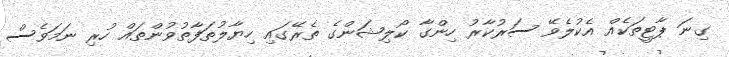
ގިނަ ޕާޓީތަކެއް އެކުލެވޭ ސަރުކާރު ހިންގާ ކޯލިޝަންގެ ތެރޭގައި ހިޔާލުތަފާތުވުންތައް ހުރި ނަމަވެސް